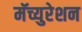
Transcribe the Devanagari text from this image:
मॅच्युरेशन